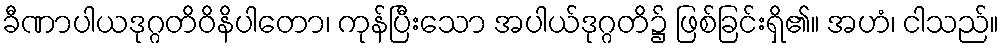
ခီဏာပါယဒုဂ္ဂတိဝိနိပါတော၊ ကုန်ပြီးသော အပါယ်ဒုဂ္ဂတိ၌ ဖြစ်ခြင်းရှိ၏။ အဟံ၊ ငါသည်။